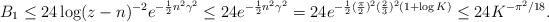
LaTeX: \begin{align*}B_1\le24 \log(z-n)^{-2}e^{-\frac12n^2\gamma^2}\le24e^{-\frac12n^2\gamma^2}=24e^{-\frac12(\frac\pi2)^2(\frac23)^2(1+\log K)}\le24K^{-\pi^2/18}.\end{align*}